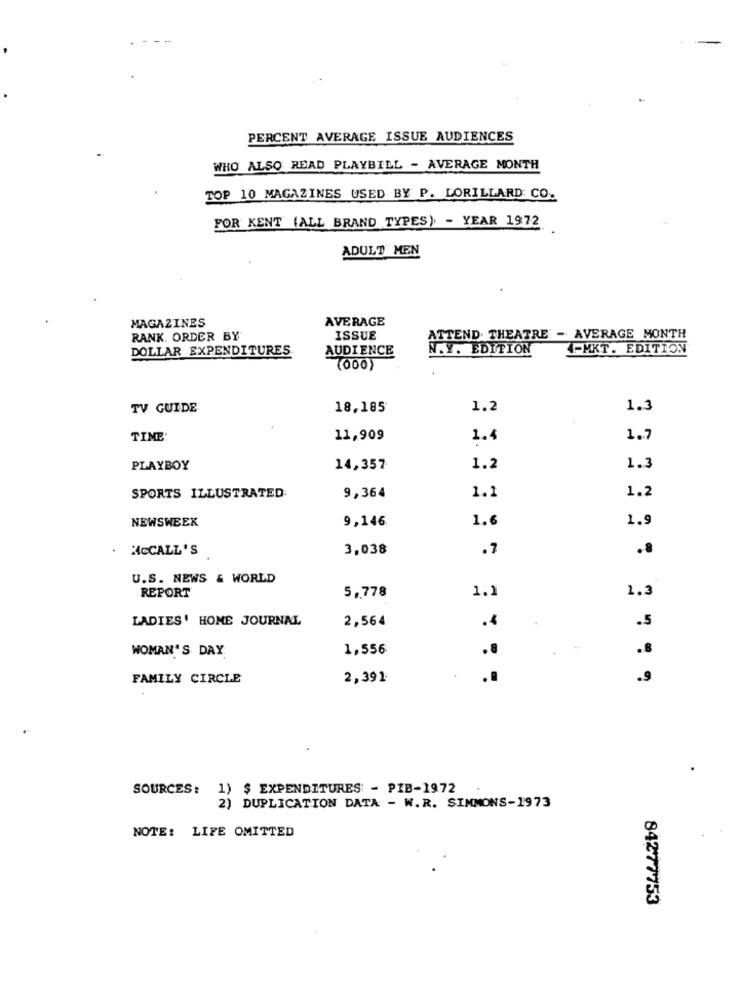
PERCENT AVERAGE ISSUE AUDIENCES
WHO ALSO READ PLAYBILL - AVERAGE MONTH
TOP 10 MAGAZINES USED BY P. LORILLARD: CO.
FOR KENT (ALL BRAND TYPES) - YEAR 1972
ADULT MEN
MAGAZINES
AVERAGE
RANK. ORDER BY
ISSUE
ATTEND. THEATRE - AVERAGE MONTH
DOLLAR EXPENDITURES
AUDIENCE
N.Y. EDITION
4-MKT. EDITION
TV GUIDE
18,185
1.2
1.3
TIME:
11,909
1.4
1.7
PLAYBOY
14,357
1.2
1.3
1.2
SPORTS ILLUSTRATED
9,364
1.1
NEWSWEEK
9,146
1.6
1.9
MCCALL'S
3,038
.7
.8
U.S. NEWS & WORLD
1.3
REPORT
5,778
1.1
LADIES' HOME JOURNAL
2,564
.4
.5
WOMAN'S DAY
1,556
.8
FAMILY CIRCLE
2,391
.9
SOURCES :
1) $ EXPENDITURES - PIB-1972
2) DUPLICATION DATA - W.R. SIMMONS-1973
NOTE: LIFE OMITTED
84277753